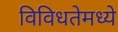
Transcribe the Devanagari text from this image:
विविधतेमध्ये